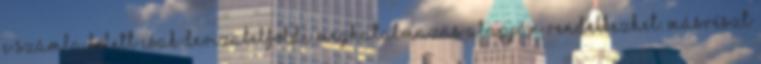
e számla felett csak devizabelföldi meghatalmazás alapján rendelkezhet. Másrészt